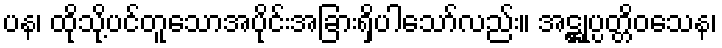
ပန၊ ထိုသို့ပင်တူသောအပိုင်းအခြားရှိပါသော်လည်း။ အဋ္ဌုပ္ပတ္တိဝသေန၊